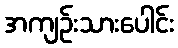
အကျဉ်းသားပေါင်း